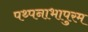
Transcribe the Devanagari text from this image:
पथ्पनाभापुरम